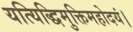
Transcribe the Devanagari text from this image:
यत्यिद्धिमुक्तिमहोदयं।